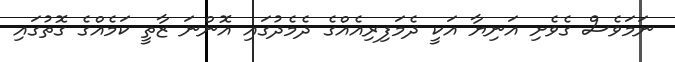
ނަމަވެސް ގެވެށި އަނިޔާ އަކީ ދެމަފިރިއެއްގެ ދެމެދުގައި އޮންނަ ޒާތީ ކަމެއްގެ ގޮތުގައި